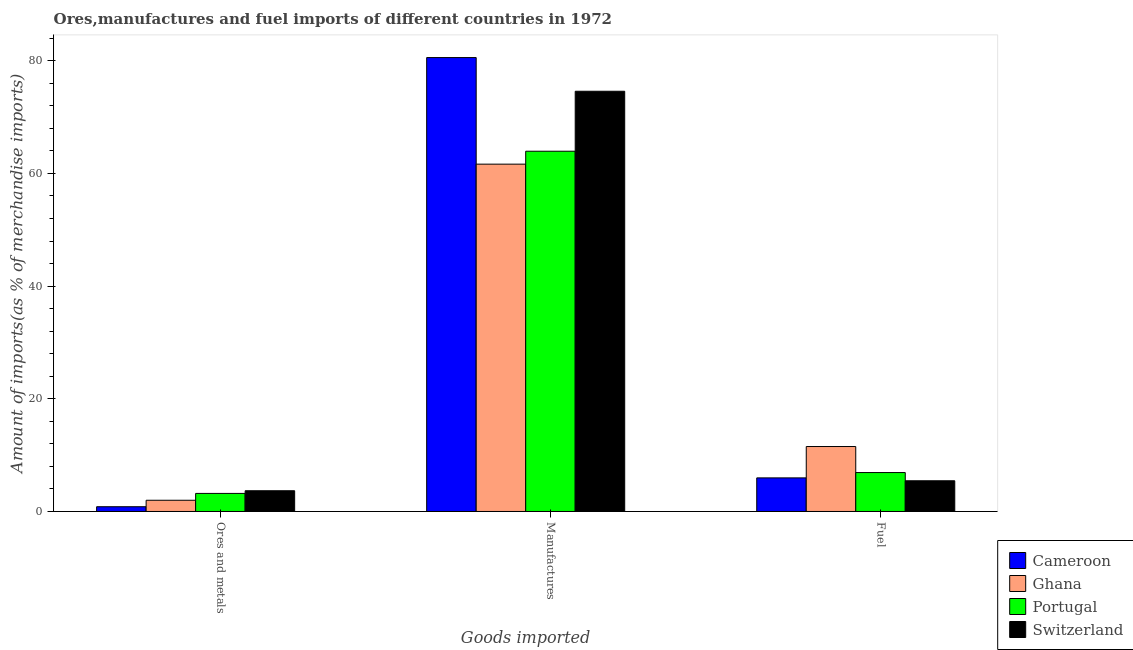
| Goods imported | Cameroon | Ghana | Portugal | Switzerland |
 | --- | --- | --- | --- | --- |
 | Ores and metals | 0.843 | 1.99 | 3.21 | 3.68 |
 | Manufactures | 80.6 | 61.6 | 63.9 | 74.6 |
 | Fuel | 5.96 | 11.5 | 6.91 | 5.45 |